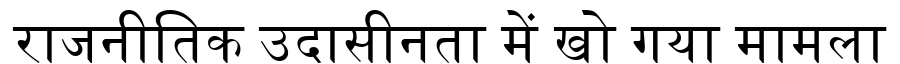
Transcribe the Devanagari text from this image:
राजनीतिक उदासीनता में खो गया मामला